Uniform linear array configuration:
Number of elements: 64
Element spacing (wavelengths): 1
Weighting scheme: hamming
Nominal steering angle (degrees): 30
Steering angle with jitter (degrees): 30.331
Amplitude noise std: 0.05
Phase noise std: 0.05

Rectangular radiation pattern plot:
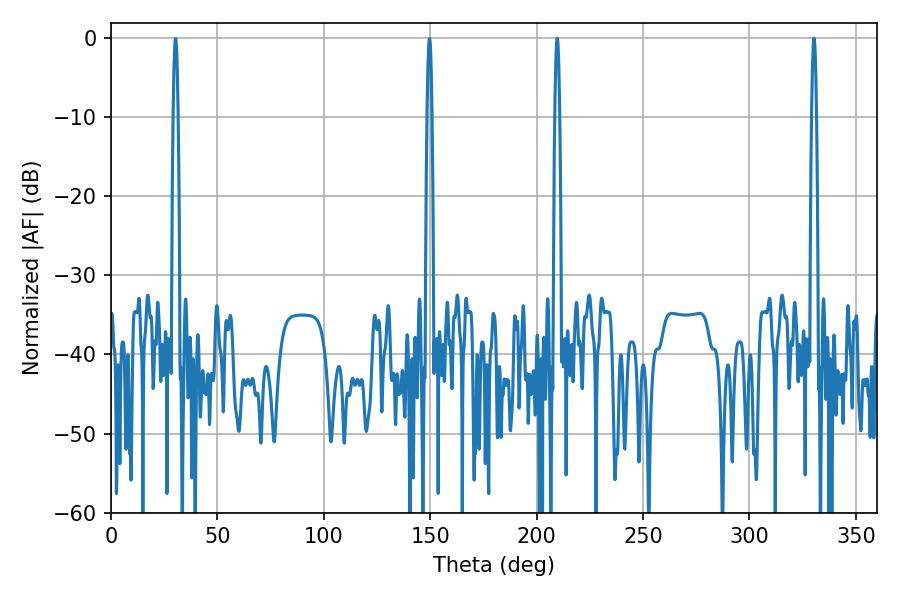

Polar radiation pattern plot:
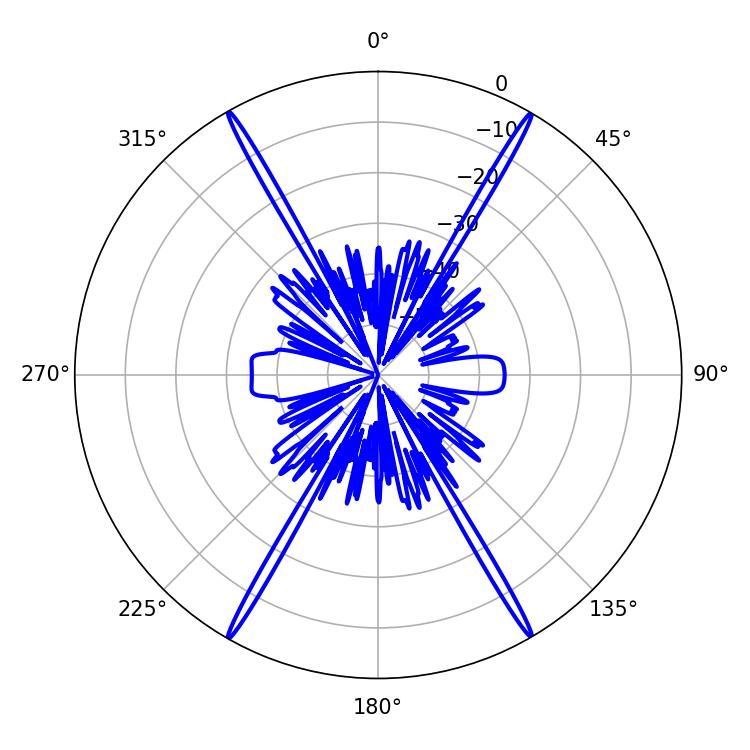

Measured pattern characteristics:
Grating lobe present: TRUE
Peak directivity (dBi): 35.222
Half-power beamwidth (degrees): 1.08
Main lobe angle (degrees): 330.3